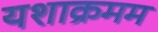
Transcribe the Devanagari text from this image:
यशाक्रमम